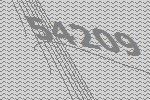
54209